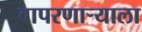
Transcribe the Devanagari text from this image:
वापरणाऱ्याला